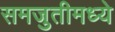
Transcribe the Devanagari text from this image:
समजुतीमध्ये